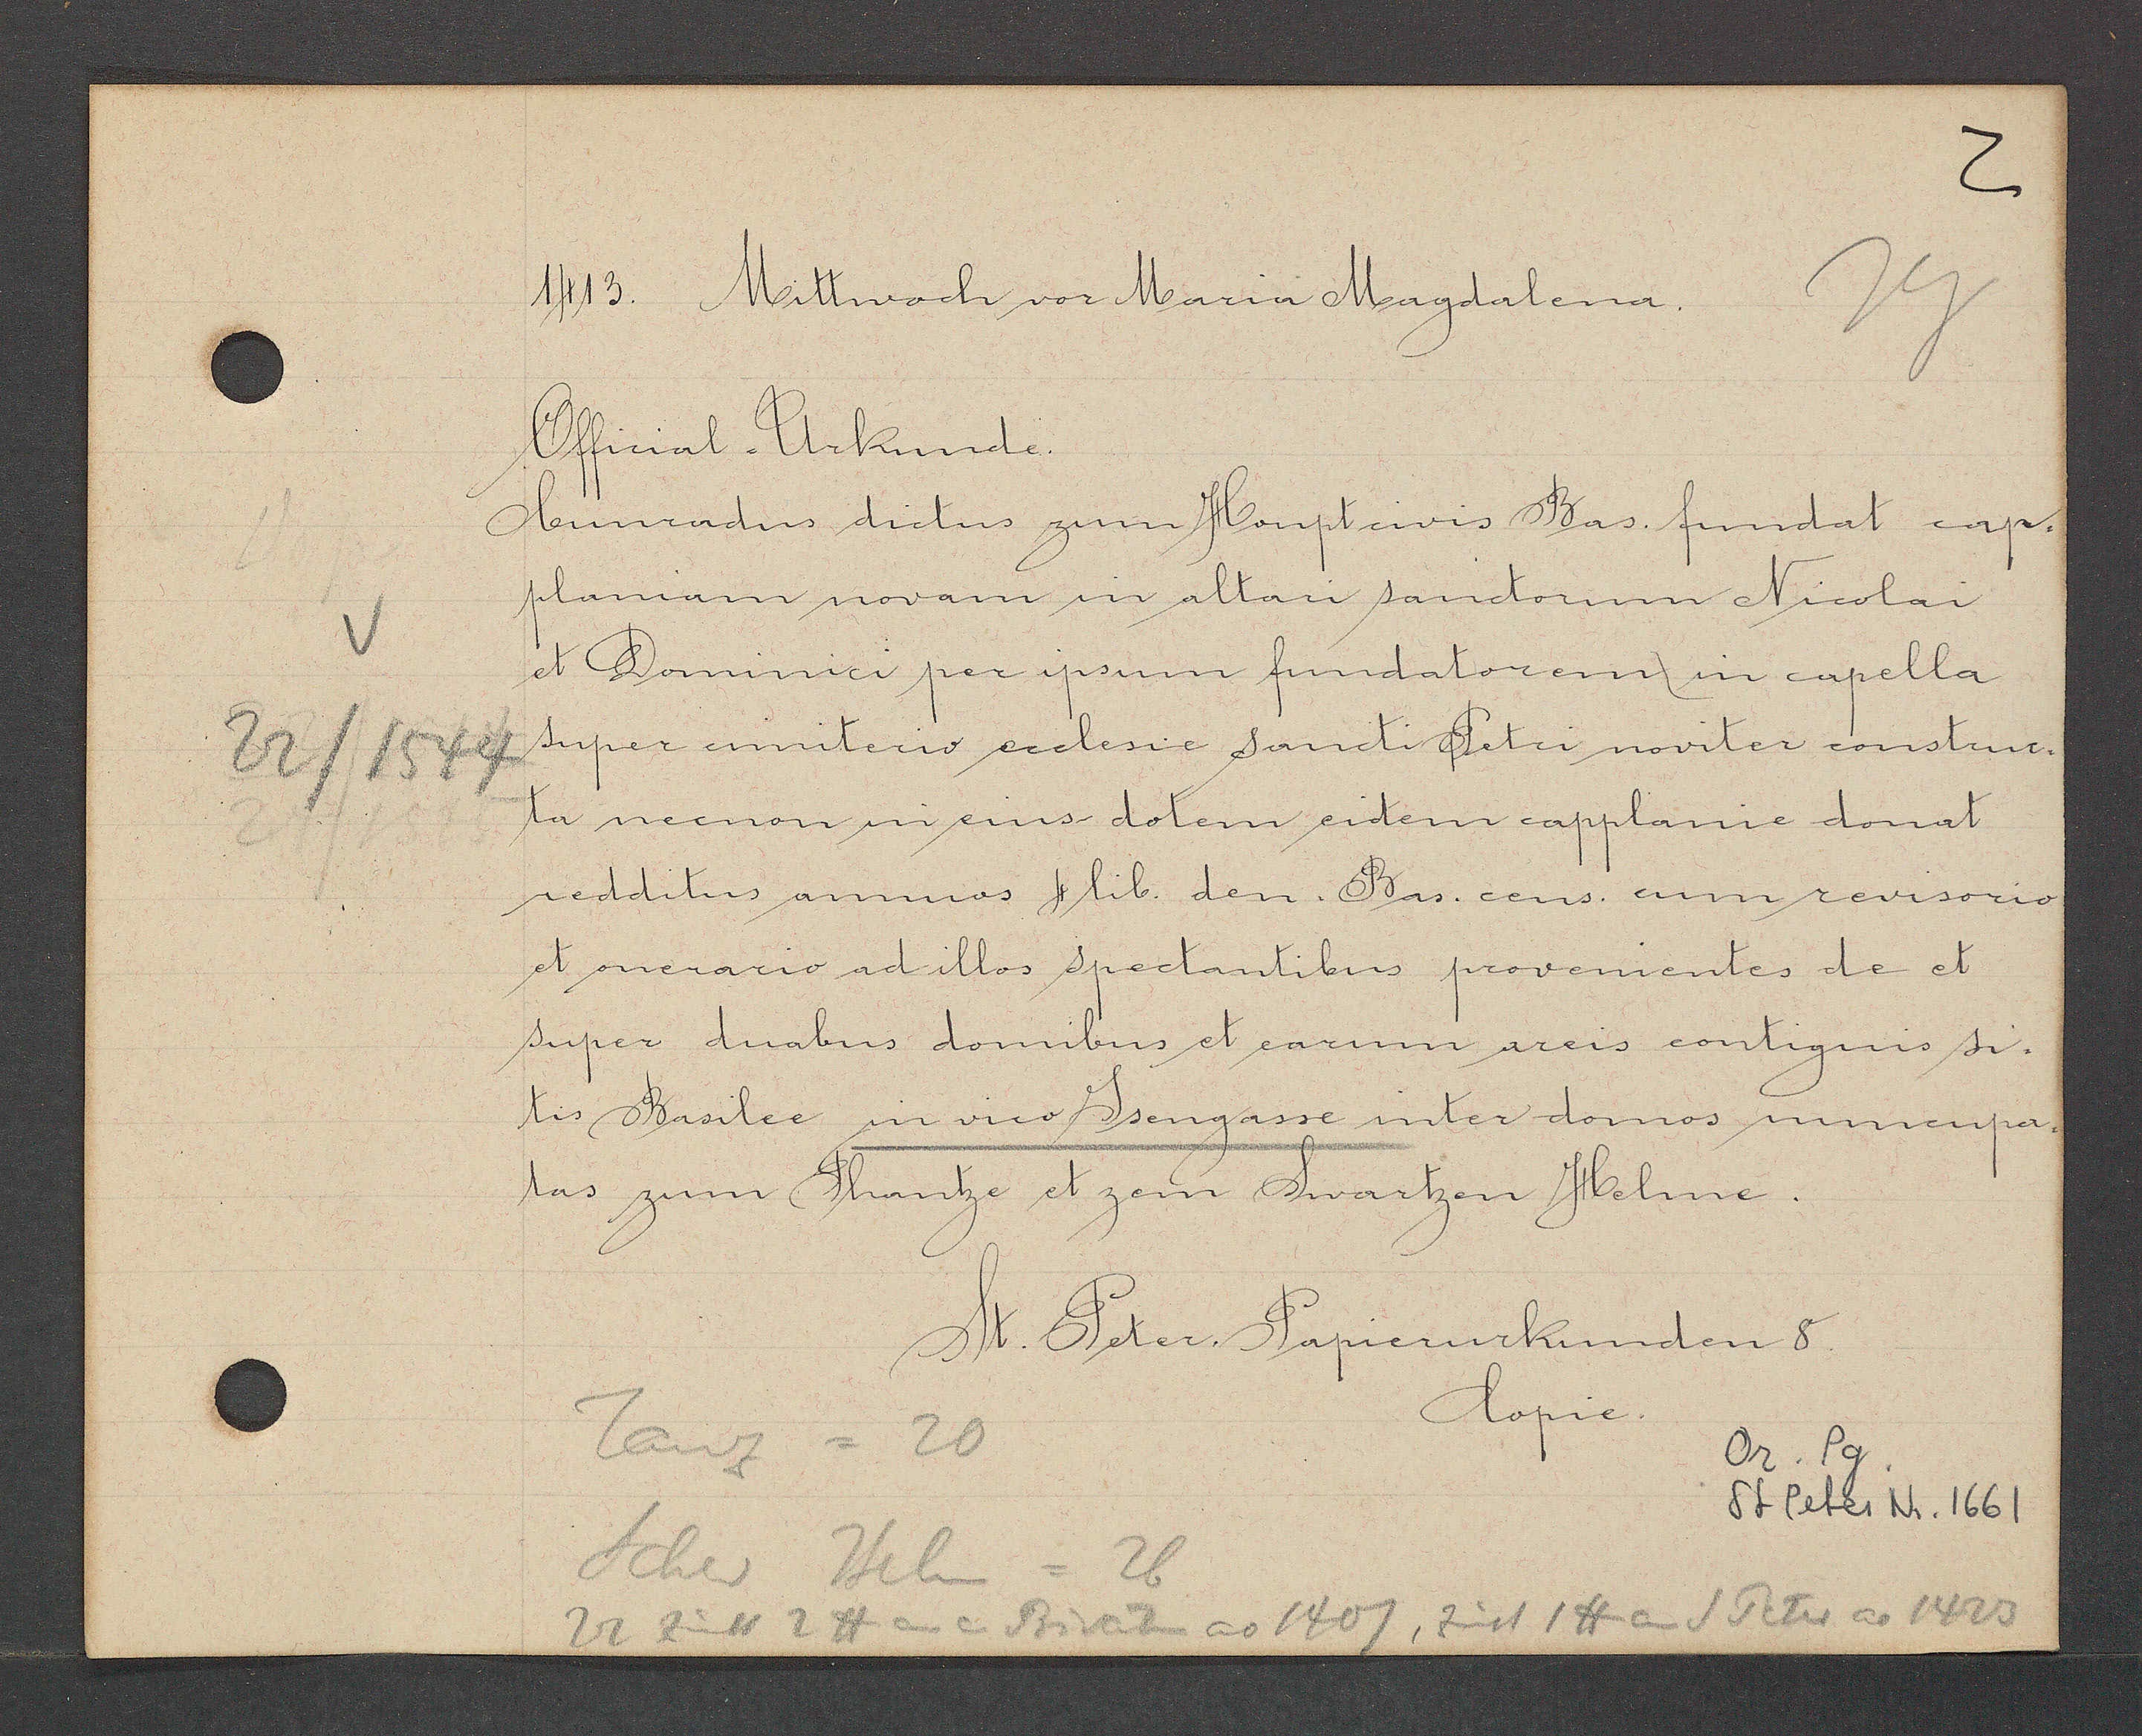
Transcript:
22 / 1544

1413. Mittwoch vor Maria Magdalena.
Official - Urkunde.
Cunradus dictus zum Houptcivis Bas. fundat cap-
planiam novam in altari sanctorum Nicolai
et Dominici per ipsum fundatorem in capella
super cimiterio ecclesie Sancti Petri noviter construc-
ta necnon ni eius dotem eidem capplanie donat
redditus annuos 4 lib. den. Bas. cens. cum revisorio
et onerario ad illos spectantibus provenientes de et
super duabus domibus et earum areis contiguis si-
tis Basilee in vico Jsengasse inter domos nuncupa-
tas zum Thantze et zem Swartzen Helme.
St. Peter Papierurkunden 8.
Copie.
Tanz = 20
Or. Pg.
St Peter Nr. 1661
Schw. Helm = 26
22 zinst 2 ℔ an e Privaten ao 1407, zinst 1 lb an d Peter ao 1423